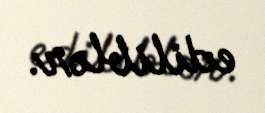
ediliblər.